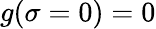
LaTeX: g(\sigma=0)=0